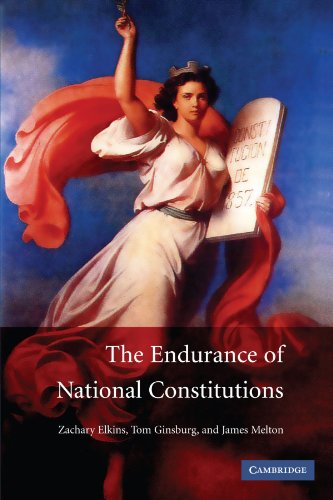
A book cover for The Endurance of National Constitutions; Zachary Elkins; Law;